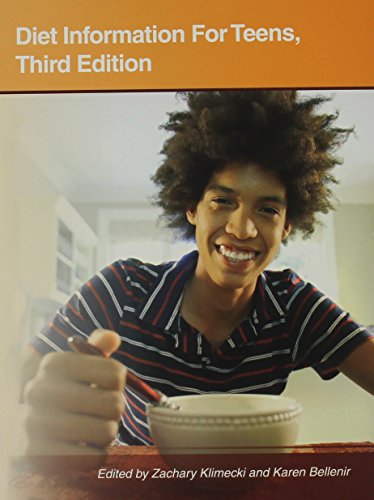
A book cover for Diet Information for Teens: Health Tips About Nutrition Fundamentals and Eating Plans: Including Facts About Vitamins, Minerals, Food Additives, and Weight-Related Concerns (Teen Health Series); Health, Fitness & Dieting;